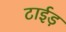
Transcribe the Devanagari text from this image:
टाईड़